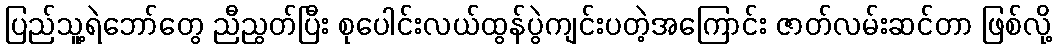
ပြည်သူ့ရဲဘော်တွေ ညီညွတ်ပြီး စုပေါင်းလယ်ထွန်ပွဲကျင်းပတဲ့အကြောင်း ဇာတ်လမ်းဆင်တာ ဖြစ်လို့